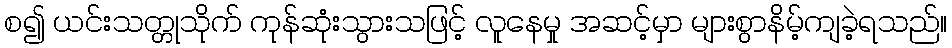
စ၍ ယင်းသတ္တုသိုက် ကုန်ဆုံးသွားသဖြင့် လူနေမှု အဆင့်မှာ များစွာနိမ့်ကျခဲ့ရသည်။